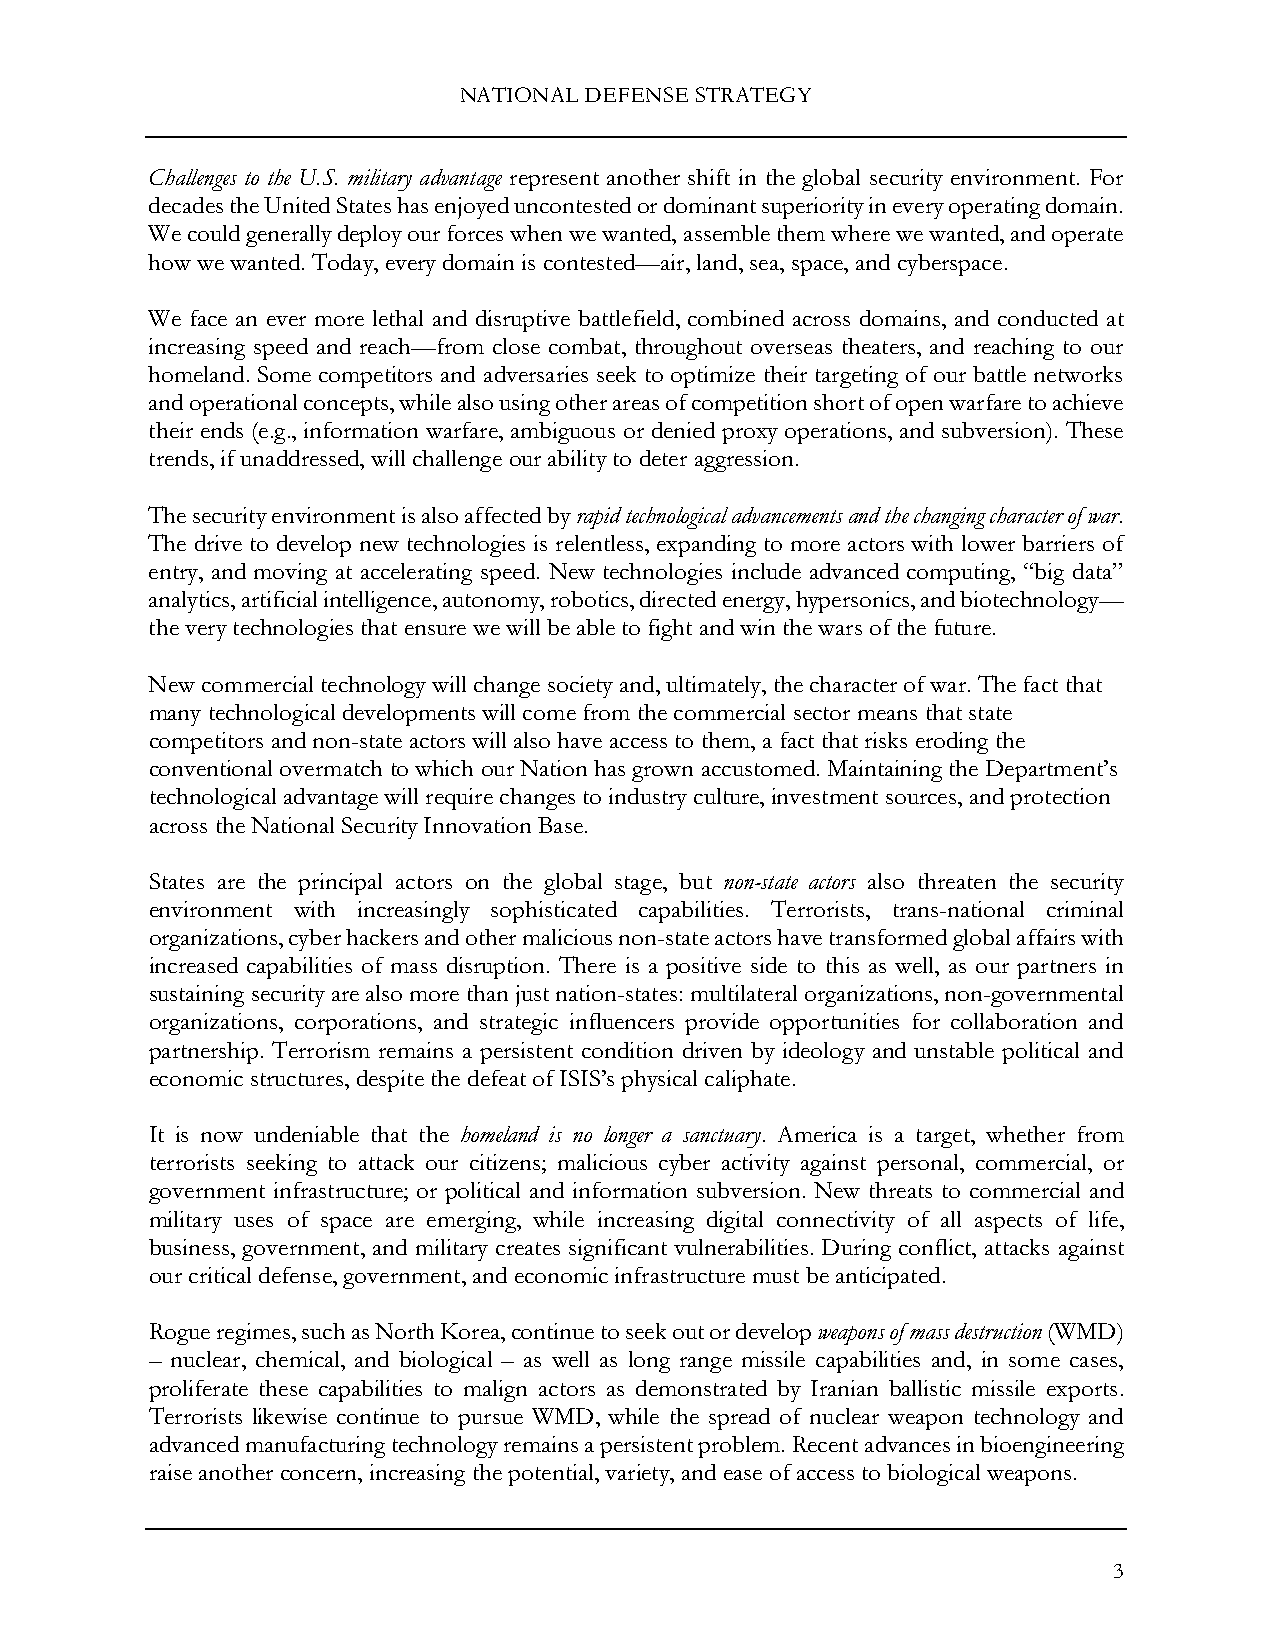
NATIONAL DEFENSE STRATEGY
 Challenges to the U.S. military advantage represent another shift in the global security environment. For
 decades the United States has enjoyed uncontested or dominant superiority in every operating domain.
 We could generally deploy our forces when we wanted, assemble them where we wanted, and operate
 how we wanted. Today, every domain is contested—air, land, sea, space, and cyberspace.
 We face an ever more lethal and disruptive battlefield, combined across domains, and conducted at
 increasing speed and reach—from close combat, throughout overseas theaters, and reaching to our
 homeland. Some competitors and adversaries seek to optimize their targeting of our battle networks
 and operational concepts, while also using other areas of competition short of open warfare to achieve
 their ends (e.g., information warfare, ambiguous or denied proxy operations, and subversion). These
 trends, if unaddressed, will challenge our ability to deter aggression.
 The security environment is also affected by rapid technological advancements and the changing character of war.
 The drive to develop new technologies is relentless, expanding to more actors with lower barriers of
 entry, and moving at accelerating speed. New technologies include advanced computing, “big data”
 analytics, artificial intelligence, autonomy, robotics, directed energy, hypersonics, and biotechnology—
 the very technologies that ensure we will be able to fight and win the wars of the future.
 New commercial technology will change society and, ultimately, the character of war. The fact that
 many technological developments will come from the commercial sector means that state
 competitors and non-state actors will also have access to them, a fact that risks eroding the
 conventional overmatch to which our Nation has grown accustomed. Maintaining the Department’s
 technological advantage will require changes to industry culture, investment sources, and protection
 across the National Security Innovation Base.
 States are the principal actors on the global stage, but non-state actors also threaten the security
 environment with increasingly sophisticated capabilities. Terrorists, trans-national criminal
 organizations, cyber hackers and other malicious non-state actors have transformed global affairs with
 increased capabilities of mass disruption. There is a positive side to this as well, as our partners in
 sustaining security are also more than just nation-states: multilateral organizations, non-governmental
 organizations, corporations, and strategic influencers provide opportunities for collaboration and
 partnership. Terrorism remains a persistent condition driven by ideology and unstable political and
 economic structures, despite the defeat of ISIS’s physical caliphate.
 It is now undeniable that the homeland is no longer a sanctuary. America is a target, whether from
 terrorists seeking to attack our citizens; malicious cyber activity against personal, commercial, or
 government infrastructure; or political and information subversion. New threats to commercial and
 military uses of space are emerging, while increasing digital connectivity of all aspects of life,
 business, government, and military creates significant vulnerabilities. During conflict, attacks against
 our critical defense, government, and economic infrastructure must be anticipated.
 Rogue regimes, such as North Korea, continue to seek out or develop weapons of mass destruction (WMD)
 – nuclear, chemical, and biological – as well as long range missile capabilities and, in some cases,
 proliferate these capabilities to malign actors as demonstrated by Iranian ballistic missile exports.
 Terrorists likewise continue to pursue WMD, while the spread of nuclear weapon technology and
 advanced manufacturing technology remains a persistent problem. Recent advances in bioengineering
 raise another concern, increasing the potential, variety, and ease of access to biological weapons.
 3